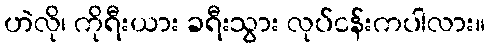
ဟဲလို၊ ကိုရီးယား ခရီးသွား လုပ်ငန်းကပါလား။